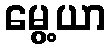
မွေ့ယာ